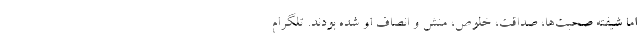
اما شیفته صحبت‌ها، صداقت، خلوص، منش و انصاف او شده بودند. ‌تلگرام